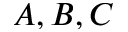
A , B , C